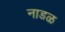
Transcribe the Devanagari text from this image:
नाडळ